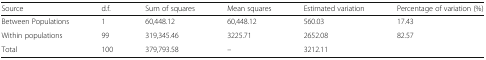
<table><thead><tr><td><b>Source</b></td><td><b>d.f.</b></td><td><b>Sum of squares</b></td><td><b>Mean squares</b></td><td><b>Estimated variation</b></td><td><b>Percentage of variation (%)</b></td></tr></thead><tbody><tr><td>Between Populations</td><td>1</td><td>60,448.12</td><td>60,448.12</td><td>560.03</td><td>17.43</td></tr><tr><td>Within populations</td><td>99</td><td>319,345.46</td><td>3225.71</td><td>2652.08</td><td>82.57</td></tr><tr><td>Total</td><td>100</td><td>379,793.58</td><td>–</td><td>3212.11</td><td></td></tr></tbody></table>